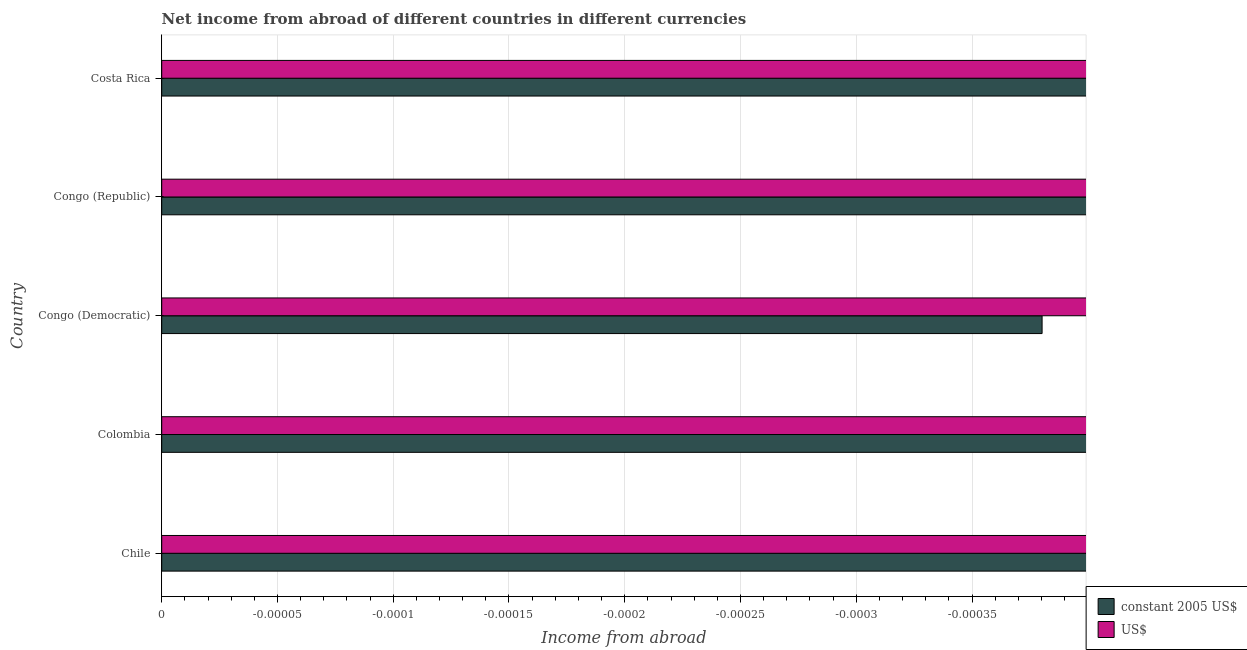
| Country | constant 2005 US$ | US$ |
 | --- | --- | --- |
 | Chile | -4.24e+09 | -3.25e+08 |
 | Colombia | -1.2e+10 | -3.46e+08 |
 | Congo (Democratic) | -0.00038 | -1.44e+08 |
 | Congo (Republic) | -8.88e+09 | -3.72e+07 |
 | Costa Rica | -6.48e+08 | -7.56e+07 |